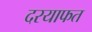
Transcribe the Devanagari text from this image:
दरयाफत